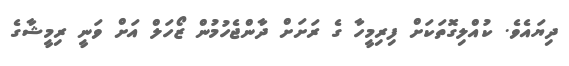
ދިޔައެވެ. ކުއްލިގޮތަކަށް ފިރިމީހާ ގެ ރަށަށް ދާންޖެހުމުން ޒޯހަލް އަށް ވަނީ ރިމީޝާގެ